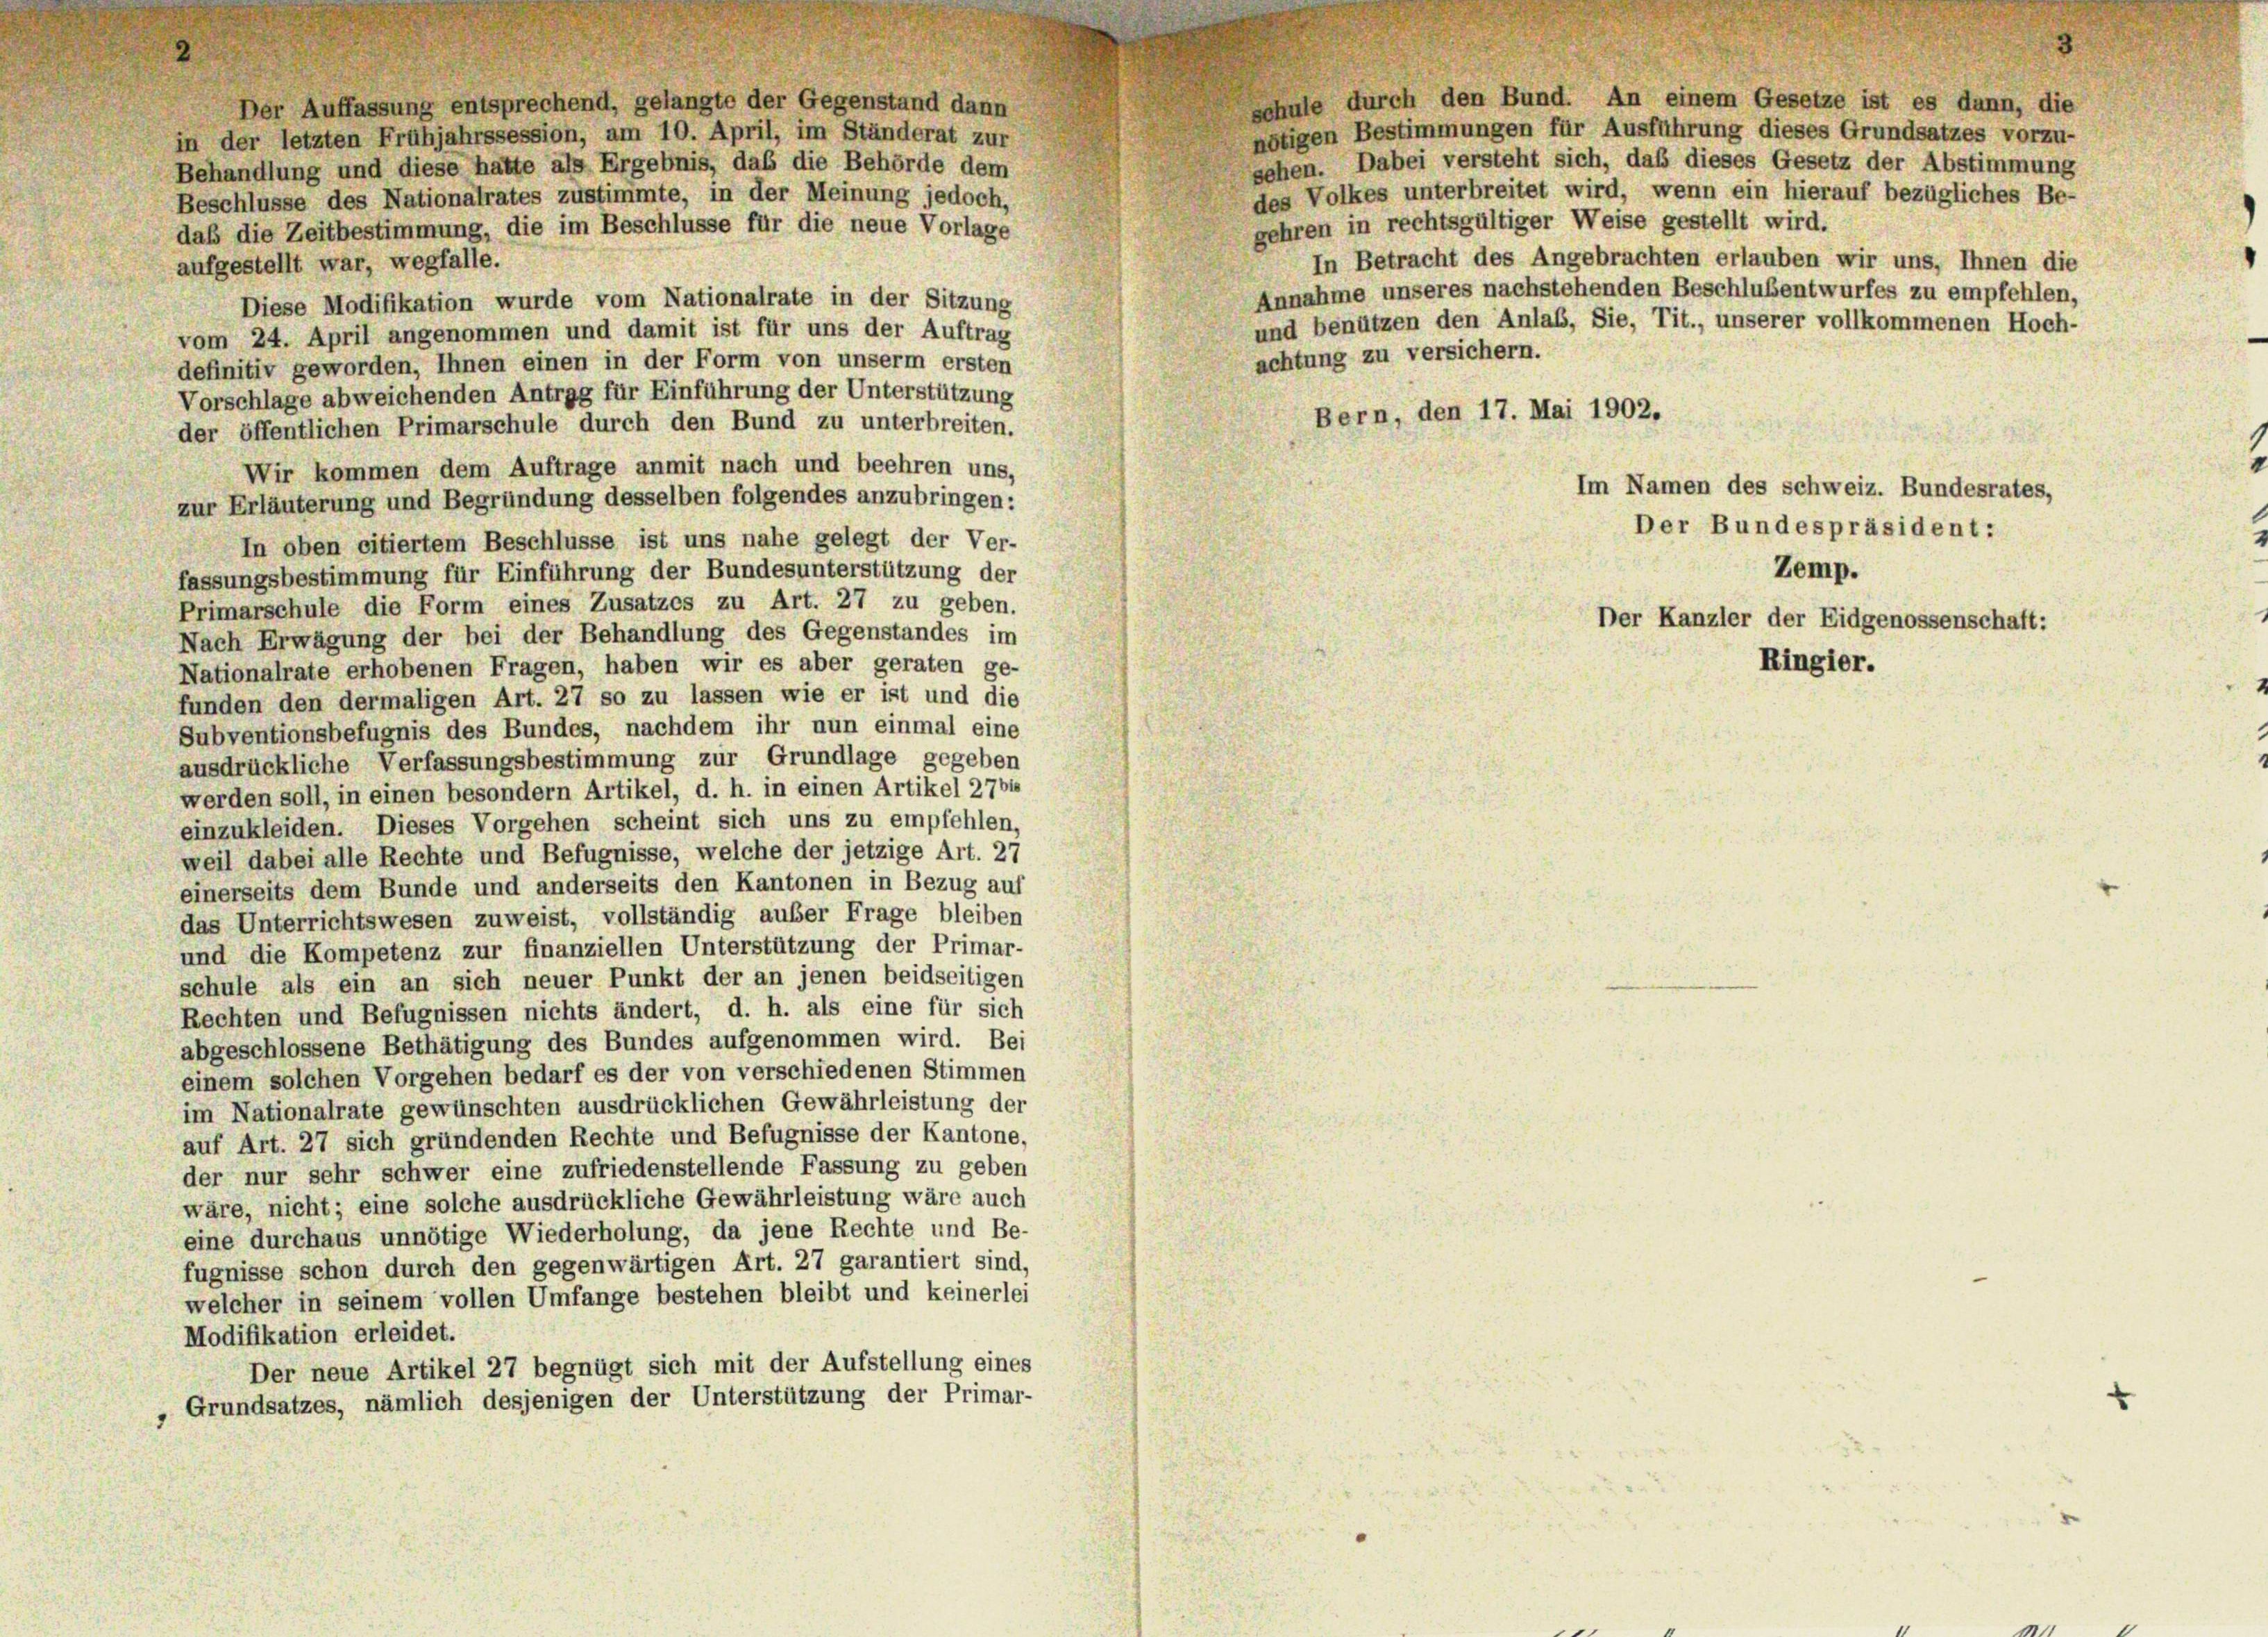
schule durch den Bund. An einem Gesetze ist es dann, die
Der Auffassung entsprechend, gelangte der Gegenstand dann
nötigen Bestimmungen für Ausführung dieses Grundsatzes vorzu-
in der letzten Frühjahrssession, am 10. April, im Ständerat zur
sehen. Dabei versteht sich, daß dieses Gesetz der Abstimmung
Behandlung und diese hatte als Ergebnis, das die Behörde dem
des Volkes unterbreitet wird, wenn ein hierauf bezügliches Be-
Beschlüsse des Nationalrates zustimmte, in der Meinung jedoch,
gehren in rechtsgültiger Weise gestellt wird.
daß die Zeitbestimmung, die im Beschlüsse für die neue Vorlage
In Betracht des Angebrachten erlauben wir uns, Ihnen die
aufgestellt war, wegfalle.
Annahme unseres nachstehenden Beschlußentwurfes zu empfehlen,
Diese Modifikation wurde vom Nationalrate in der Sitzung
und benützen den Anlaß, Sie, Tit., unserer vollkommenen Hoch-
vom 24. April angenommen und damit ist für uns der Auftrag
achtung zu versichern.
definitiv geworden, Ihnen einen in der Form von unserm ersten
Vorschlage abweichenden Antrag für Einführung der Unterstützung
Bern, den 17. Mai 1902.
der öffentlichen Primarschule durch den Bund zu unterbreiten.
Wir kommen dem Auftrage anmit nach und beehren uns,
zur Erläuterung und Begründung desselben folgendes anzubringen:
In oben citiertem Beschlüsse ist uns nahe gelegt der Ver-
fassungsbestimmung für Einführung der Bundesunterstützung der
Primarschule die Form eines Zusatzes zu Art. 27 zu geben.
Nach Erwägung der bei der Behandlung des Gegenstandes im
Nationalrate erhobenen Fragen, haben wir es aber geraten ge-
funden den dermaligen Art. 27 so zu lassen wie er ist und die
Subventionsbefugnis des Bundes, nachdem ihr nun einmal eine
ausdrückliche Verfassungsbestimmung zur Grundlage gegeben
werden soll, in einen besondern Artikel, d. h. in einen Artikel 27b1
einzukleiden. Dieses Vorgehen scheint sich uns zu empfehlen,
weil dabei alle Rechte und Befugnisse, welche der jetzige Art. 27
einerseits dem Bunde und anderseits den Kantonen in Bezug auf
das Unterrichtswesen zuweist, vollständig außer Frage bleiben
und die Kompetenz zur finanziellen Unterstützung der Primar-
schule als ein an sich neuer Punkt der an jenen beidseitigen
Rechten und Befugnissen nichts ändert, d. h. als eine für sich
abgeschlossene Bethätigung des Bundes aufgenommen wird. Bei
einem solchen Vorgehen bedarf es der von verschiedenen Stimmen
im Nationalrate gewünschten ausdrücklichen Gewährleistung der
auf Art. 27 sich gründenden Rechte und Befugnisse der Kantone,
der nur sehr schwer eine zufriedenstellende Fassung zu geben
wäre, nicht; eine solche ausdrückliche Gewährleistung wäre auch
eine durchaus unnötige Wiederholung, da jene Rechte und Be-
fugnisse schon durch den gegenwärtigen Art. 27 garantiert sind,
welcher in seinem vollen Umfange bestehen bleibt und keinerlei
Modifikation erleidet.
Der neue Artikel 27 begnügt sich mit der Aufstellung eines
Grundsatzes, nämlich desjenigen der Unterstützung der Primar-

Zemp.
Der Kanzler der Eidgenossenschaft:

Im Namen des Schweiz. Bundesrates,
Der Bundespräsident:

Ringier.